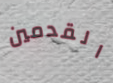
القدمين